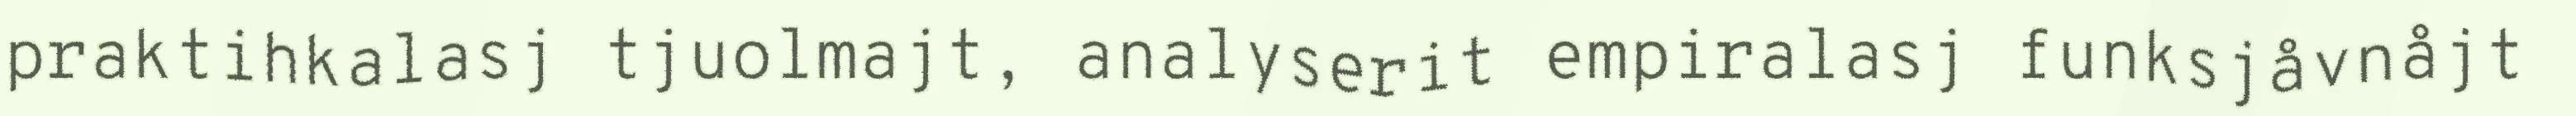
praktihkalasj tjuolmajt, analyserit empiralasj funksjåvnåjt